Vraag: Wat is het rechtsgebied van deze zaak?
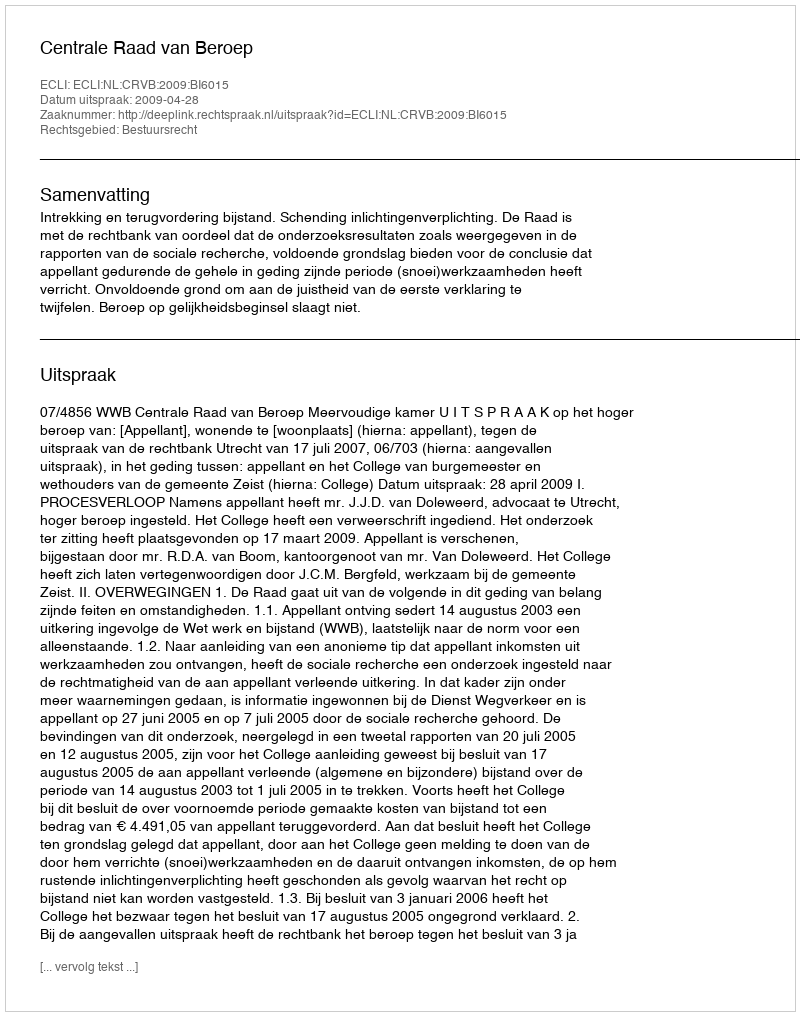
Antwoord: Bestuursrecht